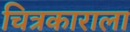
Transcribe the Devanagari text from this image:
चित्रकाराला